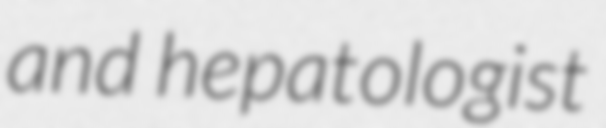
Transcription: and hepatologist